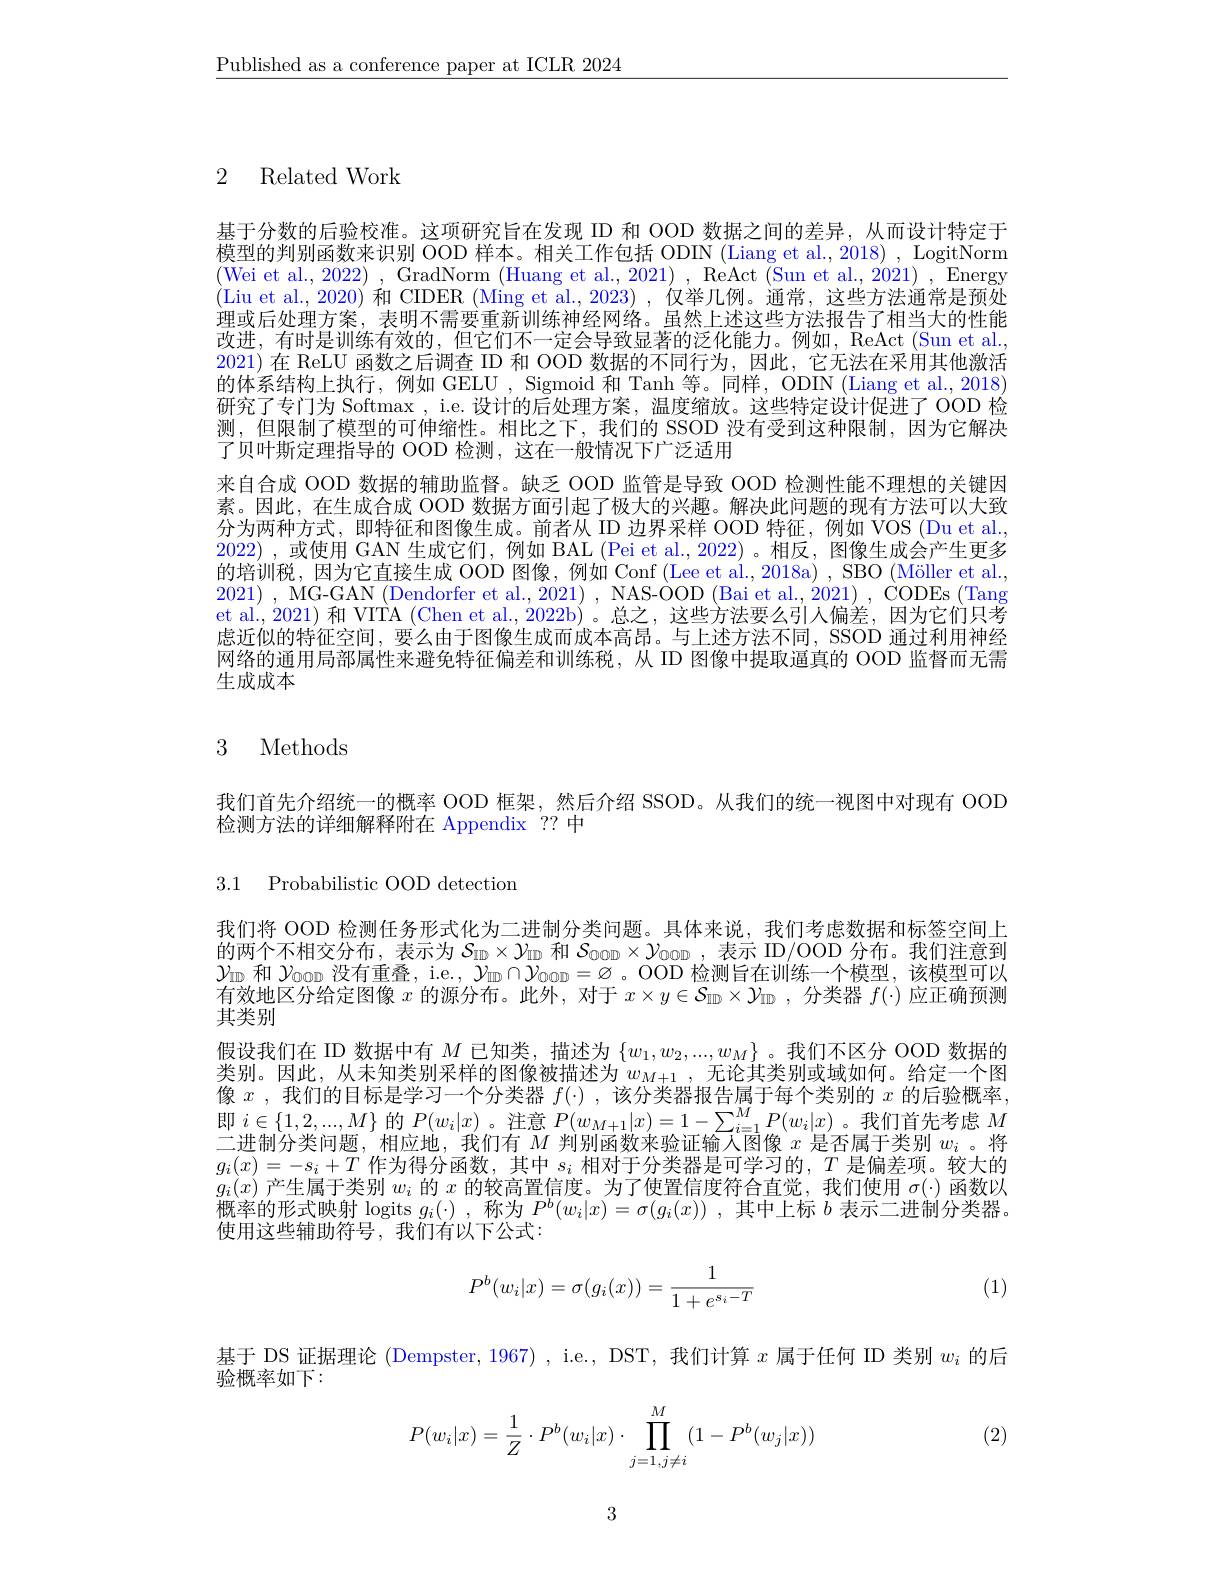
$\underline{\text{Published as a conference paper at ICLR 2024}}$

# 2 Related Work

基于分数的后验校准。这项研究旨在发现 ID 和 OOD 数据之间的差异，从而设计特定于模型的判别函数来识别 OOD 样本。相关工作包括 ODIN (Liang et al., 2018) , LogitNorm (Wei et al., 2022) , GradNorm (Huang et al., 2021) , ReAct (Sun et al., 2021) , Energy (Liu et al., 2020) 和 CIDER (Ming et al., 2023) , 仅举几例。通常，这些方法通常是预处理或后处理方案，表明不需要重新训练神经网络。虽然上述这些方法报告了相当大的性能改进，有时是训练有效的，但它们不一定会导致显著的泛化能力。例如，ReAct (Sun et al. 2021)在 ReLU 函数之后调查 ID 和 OOD 数据的不同行为，因此，它无法在采用其他激活的体系结构上执行，例如 GELU , Sigmoid 和 Tanh 等。同样，ODIN (Liang et al., 2018) 研究了专门为 Softmax , i.e. 设计的后处理方案，温度缩放。这些特定设计促进了 OOD 检测，但限制了模型的可伸缩性。相比之下，我们的 SSOD 没有受到这种限制，因为它解决了贝叶斯定理指导的 OOD 检测，这在一般情况下广泛适用
来自合成 OOD 数据的辅助监督。缺乏 OOD 监管是导致 OOD 检测性能不理想的关键因素。因此，在生成合成 OOD 数据方面引起了极大的兴趣。解决此问题的现有方法可以大致分为两种方式，即特征和图像生成。前者从 ID 边界采样 OOD 特征，例如 VOS (Du et al., 2022) ,或使用 GAN 生成它们，例如 BAL (Pei et al.,2022)。相反，图像生成会产生更多的培训税，因为它直接生成 OOD 图像，例如 Conf (Lee et al., 2018a) , SBO (Möller et al., 2021) , MG-GAN (Dendorfer et al., 2021) , NAS-OOD (Bai et al., 2021) , CODEs (Tang et al., 2021) 和 VITA (Chen et al., 2022b)。总之，这些方法要么引人偏差，因为它们只考虑近似的特征空间，要么由于图像生成而成本高昂。与上述方法不同，SSOD 通过利用神经网络的通用局部属性来避免特征偏差和训练税，从 ID 图像中提取逼真的 OOD 监督而无需生成成本

# 3 Methods

我们首先介绍统一的概率 OOD 框架，然后介绍 SSOD。从我们的统一视图中对现有 OOD

检测方法的详细解释附在 Appendix ?? 中

3.1 Probabilistic OOD detectiom

我们将 OOD 检测任务形式化为二进制分类问题。具体来说，我们考虑数据和标签空间上的两个不相交分布，表示为$S_\mathrm{ID}\times Y_\mathrm{ID}$和$S_\mathrm{OOD}\times\mathcal{V}_\mathrm{OOD}$ ,表示 ID/OOD 分布。我们注意到$\mathcal{Y}_{\mathrm{ID}}$和$\mathcal{Y}_{\mathrm{OOD}}$没有重叠，i.e., $\mathcal{Y}_\mathrm{ID}\cap\mathcal{Y}_{\mathrm{OOD}}=\varnothing$。OOD 检测旨在训练一个模型，该模型可以有效地区分给定图像$x$的源分布。此外，对于$x\times y\in\mathcal{S}_{\mathrm{ID}}\times\mathcal{Y}_{\mathrm{ID}}$ ,分类器$f(\cdot)$应正确预测其类别
假设我们在 ID 数据中有$M$已知类，描述为$\{w_1,w_2,...,w_M\}$ 。我们不区分 OOD 数据的类别。因此，从未知类别采样的图像被描述为$w_{M+1}$ ,无论其类别或域如何。给定一个图像$x$ ,我们的目标是学习一个分类器$f(\cdot)$ ,该分类器报告属于每个类别的$x$的后验概率， $\begin{array}{c}\text{即 }i\in\{1,2,...,M\}\text{ 的 }P(w_i|x)\text{。注意 }P(w_{M+1}|x)=1-\sum_{i=1}^MP(w_i|x)\text{。我们首先考虑 }M\\\text{二进制分类问题，相应地，我们有 }M\text{ 判别函数来验证输入图像 }x\text{ 是否属于类别 }w_i\text{ 。将}\end{array}$ $g_i(x)=-s_i+T$作为得分函数，其中$s_i$相对于分类器是可学习的，$T$是偏差项。较大的$g_i(x)$产生属于类别$w_i$的$x$的较高置信度。为了使置信度符合直觉，我们使用$\sigma(\cdot)$函数以概率的形式映射 logits $g_i(\cdot)$ ,称为$P^b(w_i|x)=\sigma(g_i(x))$ ,其中上标$b$表示二进制分类器。使用这些辅助符号，我们有以下公式：

(1)
$$P^b(w_i|x)=\sigma(g_i(x))=\frac{1}{1+e^{s_i-T}}$$
基于 DS 证据理论 (Dempster, 1967) , i.e., DST, 我们计算$x$属于任何 ID 类别$w_i$的后
验概率如下：
$$P(w_i|x)=\dfrac{1}{Z}\cdot P^b(w_i|x)\cdot\prod_{j=1,j\neq i}^M(1-P^b(w_j|x))$$
(2)

3